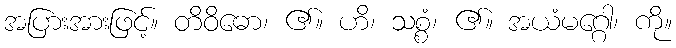
အပြားအားဖြင့်။ တိဝိဓော၊ ၏။ ဟိ၊ သစ္စံ၊ ၏။ အယံမဂ္ဂေါ၊ ကို။